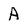
Character: A